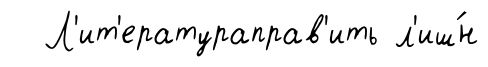
Л'ит'ератураправ'ить л'иш́н